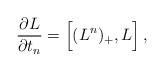
LaTeX: \begin{align*}{\partial {L} \over \partial t_n} =\Big[ ({L}^n)_{+}, {L} \Big]\,,\end{align*}